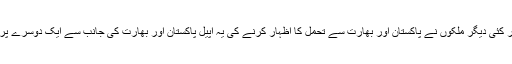
امریکہ، چین، یورپی یونین، اقوامِ متحدہ کے سیکریٹری جنرل اور کئی دیگر ملکوں نے پاکستان اور بھارت سے تحمل کا اظہار کرنے کی یہ اپیل پاکستان اور بھارت کی جانب سے ایک دوسرے پر اپنی حدود میں دخل اندازی کے الزامات کے تناظر میں کی ہے۔